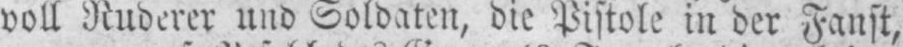
voll Ruderer und Soldaten, die Pistole in der Fanst,